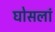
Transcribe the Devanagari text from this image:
घोसलां